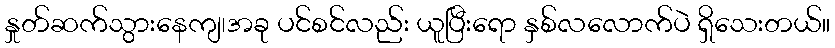
နှုတ်ဆက်သွားနေကျ၊အခု ပင်စင်လည်း ယူပြီးရော နှစ်လလောက်ပဲ ရှိသေးတယ်။